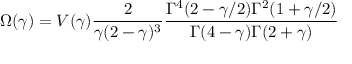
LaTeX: \Omega ( \gamma ) = V ( \gamma ) \frac { 2 } { \gamma ( 2 - \gamma ) ^ { 3 } } \frac { \Gamma ^ { 4 } ( 2 - \gamma / 2 ) \Gamma ^ { 2 } ( 1 + \gamma / 2 ) } { \Gamma ( 4 - \gamma ) \Gamma ( 2 + \gamma ) }